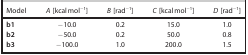
<table><thead><tr><td><b>Model</b></td><td><b><i>A</i> [kcal mol<sup>−1</sup>]</b></td><td><b><i>B</i> [rad<sup>−1</sup>]</b></td><td><b><i>C</i> [kcal mol<sup>−1</sup>]</b></td><td><b><i>D</i> [rad<sup>−1</sup>]</b></td></tr></thead><tbody><tr><td><b>b1</b></td><td>−10.0</td><td>0.2</td><td>15.0</td><td>1.0</td></tr><tr><td><b>b2</b></td><td>−50.0</td><td>0.2</td><td>50.0</td><td>0.8</td></tr><tr><td><b>b3</b></td><td>−100.0</td><td>1.0</td><td>200.0</td><td>1.5</td></tr></tbody></table>